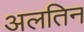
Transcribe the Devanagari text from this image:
अलतिन